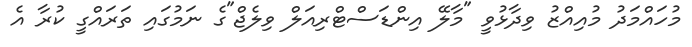
މުހައްމަދު މުއިއްޒު ވިދާޅުވީ "މާލޭ އިންޑަސްޓްރިއަލް ވިލެޖް"ގެ ނަމުގައި ތަރައްގީ ކުރާ އެ